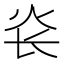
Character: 𰝾